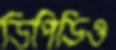
ডিপিডিও